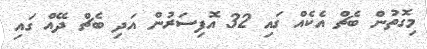
މިގޮތުން ބެޗް އެކެއް ގައި 32 އޮފިސަރުން އަދި ބެޗް ދޭއް ގައި